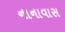
નાનાવાસ